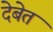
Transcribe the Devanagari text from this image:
देबेत